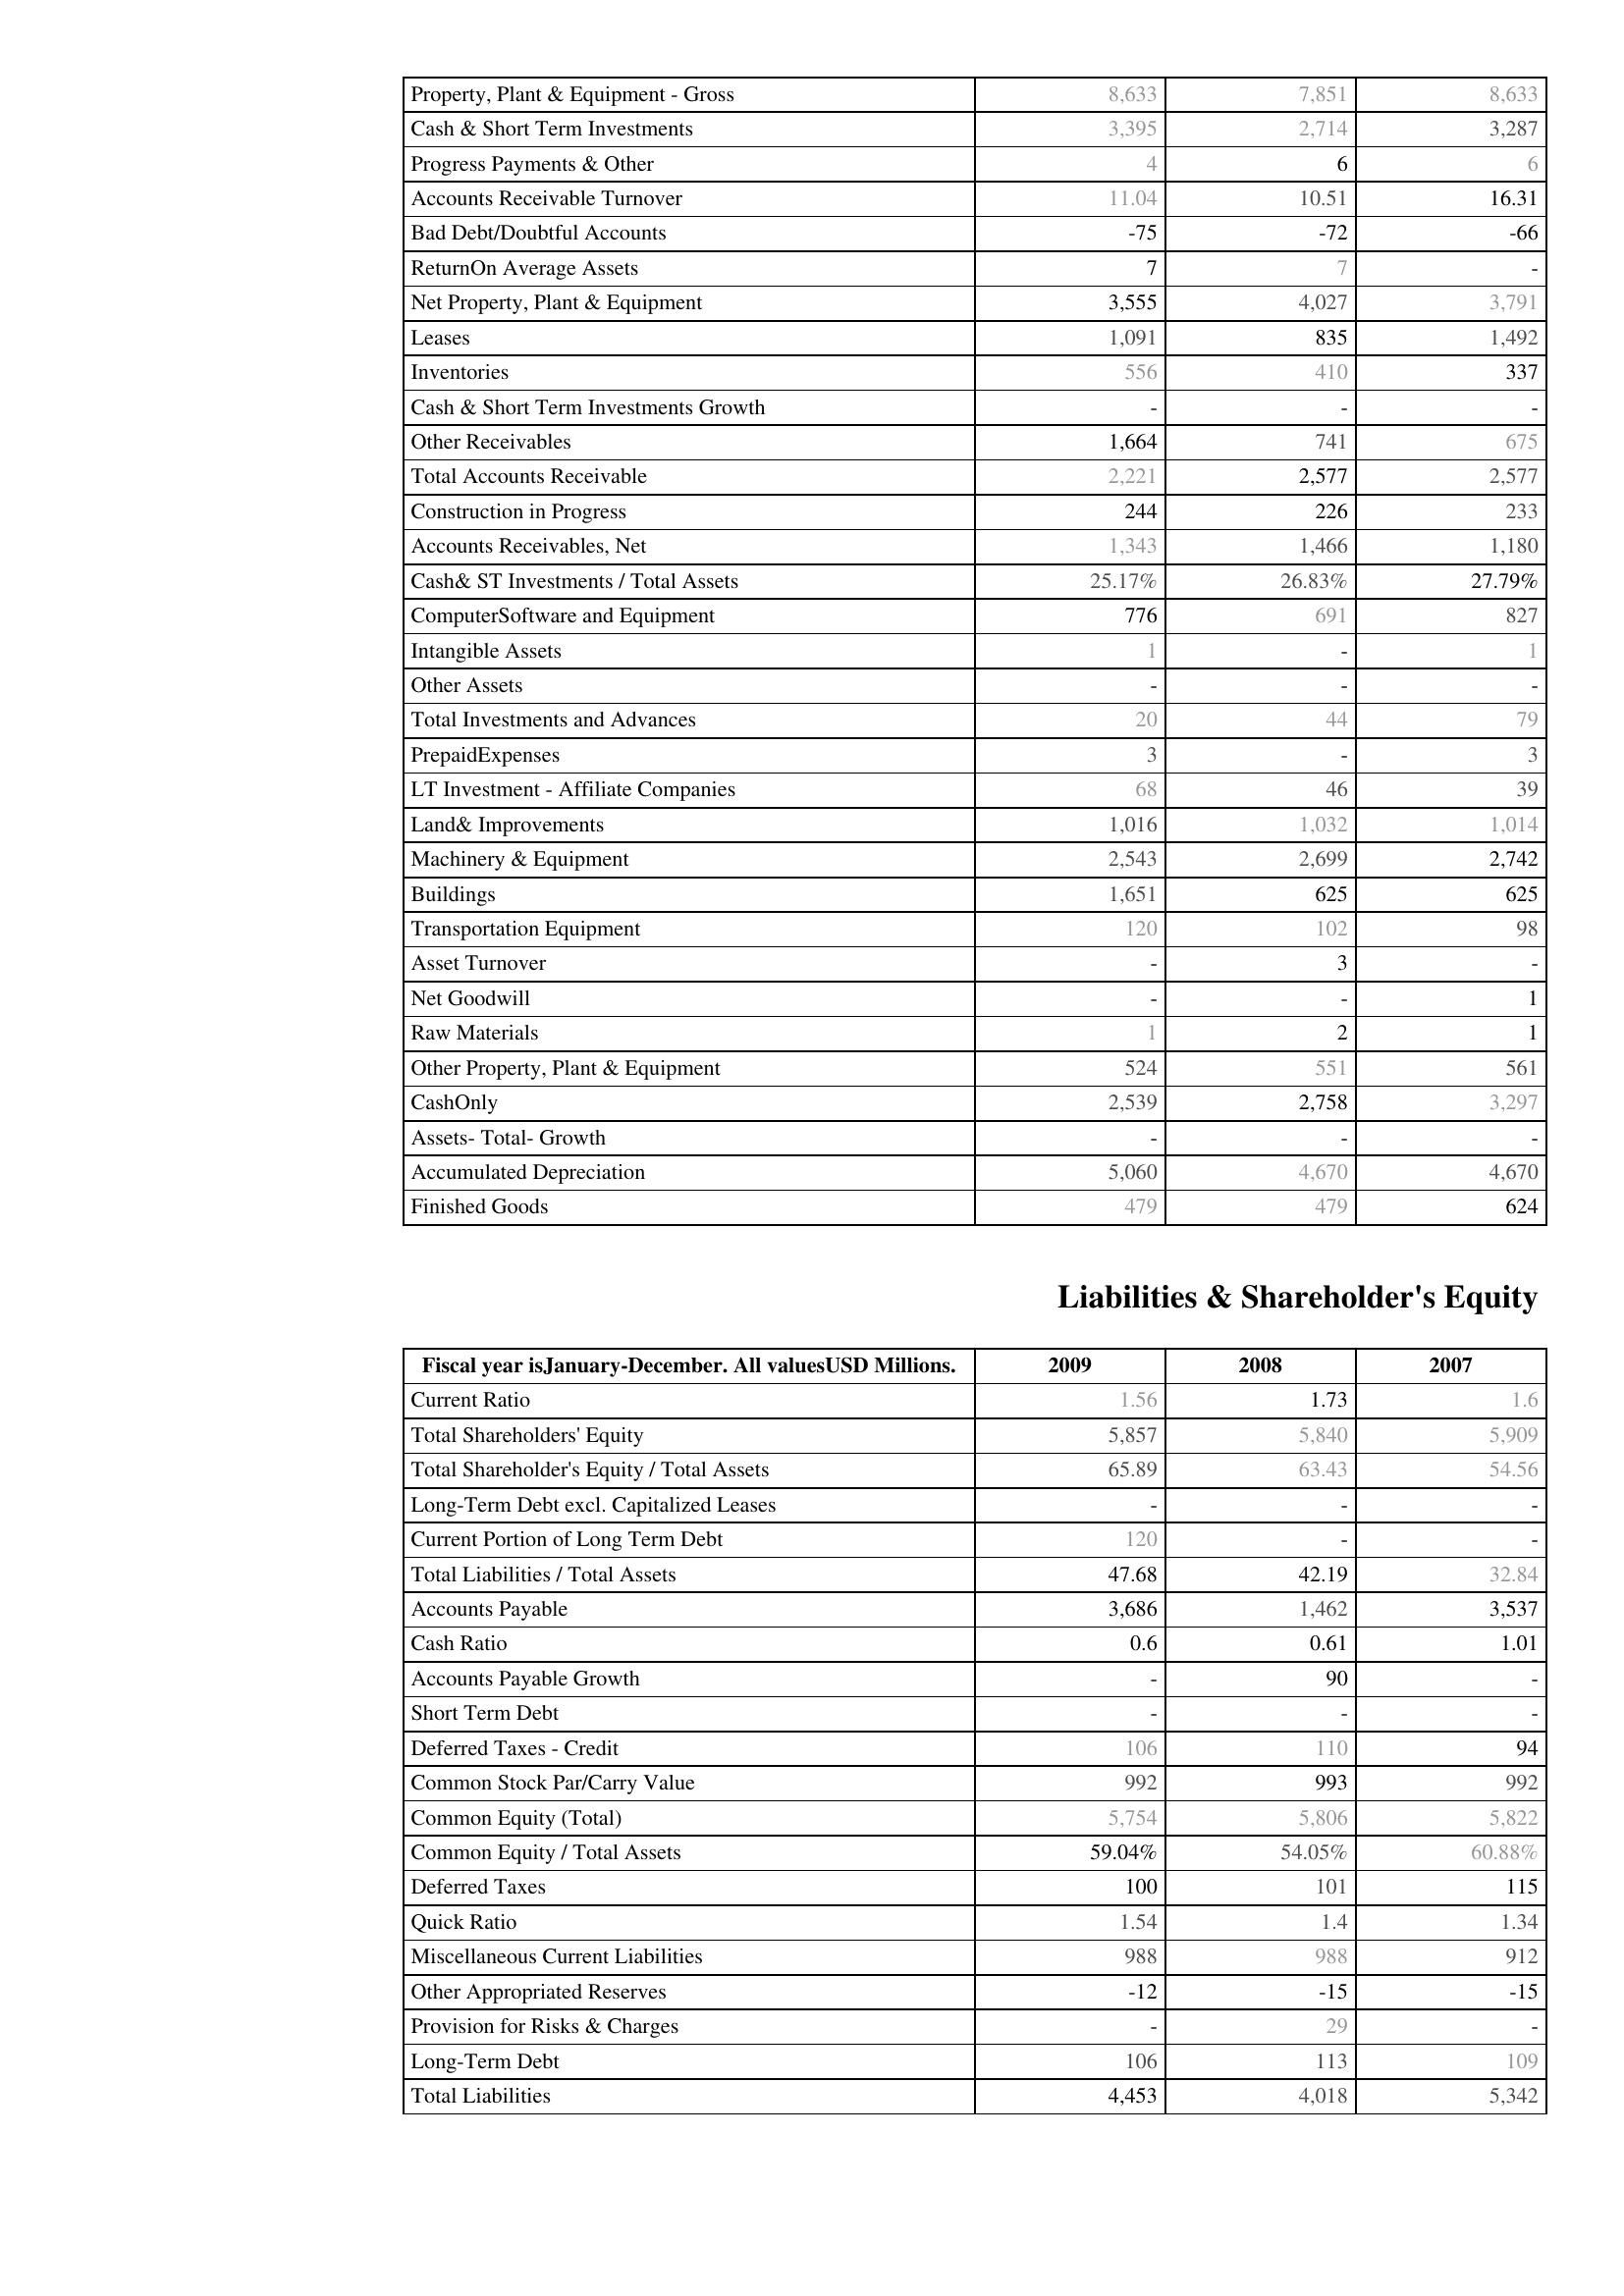
2009: Assets: Property, Plant & Equipment - Gross : 8,633
Cash & Short Term Investments: 3,395
Progress Payments & Other: 4
Accounts Receivable Turnover: 11.04
Bad Debt/Doubtful Accounts: -75
ReturnOn Average Assets: 7
Net Property, Plant & Equipment: 3,555
Leases: 1,091
Inventories: 556
Cash & Short Term Investments Growth: -
Other Receivables: 1,664
Total Accounts Receivable: 2,221
Construction in Progress: 244
Accounts Receivables, Net: 1,343
Cash& ST Investments / Total Assets: 25.17%
ComputerSoftware and Equipment: 776
Intangible Assets: 1
Other Assets: -
Total Investments and Advances: 20
PrepaidExpenses: 3
LT Investment - Affiliate Companies: 68
Land& Improvements: 1,016
Machinery & Equipment: 2,543
Buildings: 1,651
Transportation Equipment: 120
Asset Turnover: -
Net Goodwill: -
Raw Materials: 1
Other Property, Plant & Equipment: 524
CashOnly: 2,539
Assets- Total- Growth: -
Accumulated Depreciation: 5,060
Finished Goods: 479
Liabilities & Shareholder's Equity: Current Ratio: 1.56
Total Shareholders' Equity: 5,857
Total Shareholder's Equity / Total Assets: 65.89
Long-Term Debt excl. Capitalized Leases: -
Current Portion of Long Term Debt: 120
Total Liabilities / Total Assets: 47.68
Accounts Payable: 3,686
Cash Ratio: 0.6
Accounts Payable Growth: -
Short Term Debt: -
Deferred Taxes - Credit: 106
Common Stock Par/Carry Value: 992
Common Equity (Total): 5,754
Common Equity / Total Assets: 59.04%
Deferred Taxes: 100
Quick Ratio: 1.54
Miscellaneous Current Liabilities: 988
Other Appropriated Reserves: -12
Provision for Risks & Charges: -
Long-Term Debt: 106
Total Liabilities: 4,453
2008: Assets: Property, Plant & Equipment - Gross : 7,851
Cash & Short Term Investments: 2,714
Progress Payments & Other: 6
Accounts Receivable Turnover: 10.51
Bad Debt/Doubtful Accounts: -72
ReturnOn Average Assets: 7
Net Property, Plant & Equipment: 4,027
Leases: 835
Inventories: 410
Cash & Short Term Investments Growth: -
Other Receivables: 741
Total Accounts Receivable: 2,577
Construction in Progress: 226
Accounts Receivables, Net: 1,466
Cash& ST Investments / Total Assets: 26.83%
ComputerSoftware and Equipment: 691
Intangible Assets: -
Other Assets: -
Total Investments and Advances: 44
PrepaidExpenses: -
LT Investment - Affiliate Companies: 46
Land& Improvements: 1,032
Machinery & Equipment: 2,699
Buildings: 625
Transportation Equipment: 102
Asset Turnover: 3
Net Goodwill: -
Raw Materials: 2
Other Property, Plant & Equipment: 551
CashOnly: 2,758
Assets- Total- Growth: -
Accumulated Depreciation: 4,670
Finished Goods: 479
Liabilities & Shareholder's Equity: Current Ratio: 1.73
Total Shareholders' Equity: 5,840
Total Shareholder's Equity / Total Assets: 63.43
Long-Term Debt excl. Capitalized Leases: -
Current Portion of Long Term Debt: -
Total Liabilities / Total Assets: 42.19
Accounts Payable: 1,462
Cash Ratio: 0.61
Accounts Payable Growth: 90
Short Term Debt: -
Deferred Taxes - Credit: 110
Common Stock Par/Carry Value: 993
Common Equity (Total): 5,806
Common Equity / Total Assets: 54.05%
Deferred Taxes: 101
Quick Ratio: 1.4
Miscellaneous Current Liabilities: 988
Other Appropriated Reserves: -15
Provision for Risks & Charges: 29
Long-Term Debt: 113
Total Liabilities: 4,018
2007: Assets: Property, Plant & Equipment - Gross : 8,633
Cash & Short Term Investments: 3,287
Progress Payments & Other: 6
Accounts Receivable Turnover: 16.31
Bad Debt/Doubtful Accounts: -66
ReturnOn Average Assets: -
Net Property, Plant & Equipment: 3,791
Leases: 1,492
Inventories: 337
Cash & Short Term Investments Growth: -
Other Receivables: 675
Total Accounts Receivable: 2,577
Construction in Progress: 233
Accounts Receivables, Net: 1,180
Cash& ST Investments / Total Assets: 27.79%
ComputerSoftware and Equipment: 827
Intangible Assets: 1
Other Assets: -
Total Investments and Advances: 79
PrepaidExpenses: 3
LT Investment - Affiliate Companies: 39
Land& Improvements: 1,014
Machinery & Equipment: 2,742
Buildings: 625
Transportation Equipment: 98
Asset Turnover: -
Net Goodwill: 1
Raw Materials: 1
Other Property, Plant & Equipment: 561
CashOnly: 3,297
Assets- Total- Growth: -
Accumulated Depreciation: 4,670
Finished Goods: 624
Liabilities & Shareholder's Equity: Current Ratio: 1.6
Total Shareholders' Equity: 5,909
Total Shareholder's Equity / Total Assets: 54.56
Long-Term Debt excl. Capitalized Leases: -
Current Portion of Long Term Debt: -
Total Liabilities / Total Assets: 32.84
Accounts Payable: 3,537
Cash Ratio: 1.01
Accounts Payable Growth: -
Short Term Debt: -
Deferred Taxes - Credit: 94
Common Stock Par/Carry Value: 992
Common Equity (Total): 5,822
Common Equity / Total Assets: 60.88%
Deferred Taxes: 115
Quick Ratio: 1.34
Miscellaneous Current Liabilities: 912
Other Appropriated Reserves: -15
Provision for Risks & Charges: -
Long-Term Debt: 109
Total Liabilities: 5,342